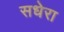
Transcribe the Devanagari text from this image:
सधेरा